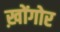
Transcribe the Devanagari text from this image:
ख़ोंगोर